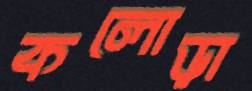
কলোড়া